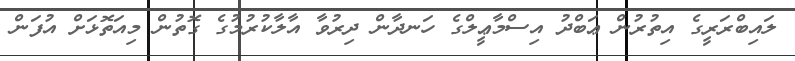
ލައިބްރަރީގެ އިތުރުން ޢަބްދު އިސްމާޢީލްގެ ހަނދާން ދިރުވާ އާލާކުރުމުގެ ގޮތުން މިއަތޮޅަށް އުފަން